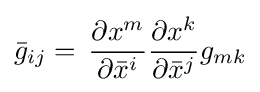
{\bar {g}}_{ij}=\,{\frac {\partial x^{m}}{\partial {\bar {x}}^{i}}}{\frac {\partial x^{k}}{\partial {\bar {x}}^{j}}}g_{mk}